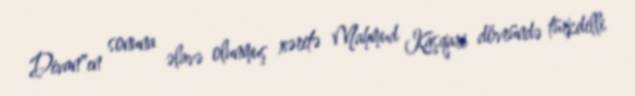
Divan"ın sonuna əlavə olunmuş xəritə Mahmud Kaşqari dövründə türkdilli